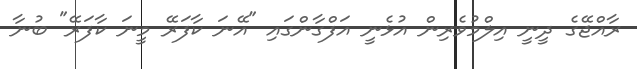
ރާއްޖޭގެ ދީނީ އިލްމުވެރިން އުޅެނީ އަފްގާންގައި "އޭނަ ކާފަރޭ މީނަ ކާފަރޭ" ބުނާ